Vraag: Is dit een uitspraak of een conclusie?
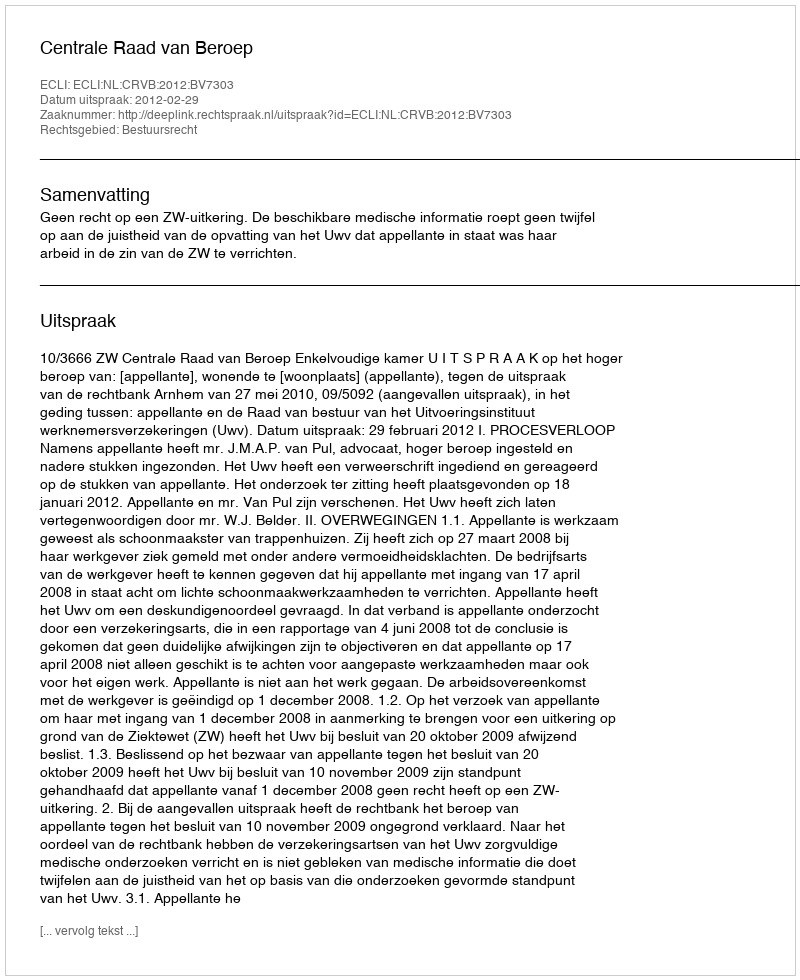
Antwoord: Uitspraak